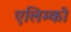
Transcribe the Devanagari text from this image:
एलिम्को